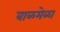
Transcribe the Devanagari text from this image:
बाळमेळा